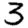
Digit: 3